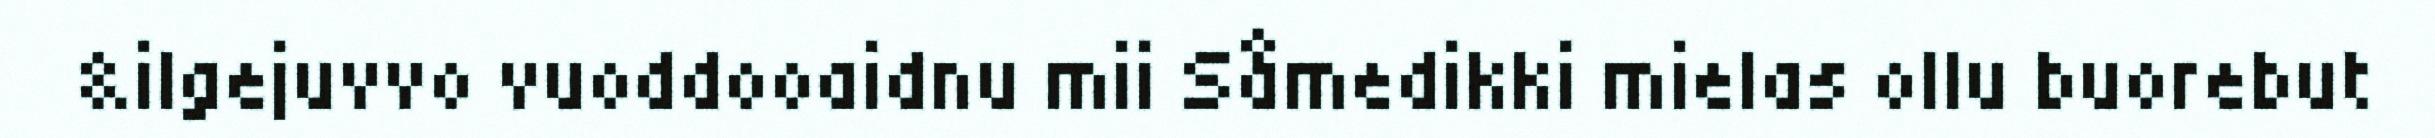
&ilgejuvvo vuoddooaidnu mii Såmedikki mielas ollu buorebut